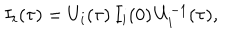
LaTeX: I _ { i } ( { \tau } ) = U _ { i } ( { \tau } ) \, I _ { i } ( 0 ) \, U _ { i } ^ { - 1 } ( { \tau } ) ,